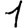
Digit: 1